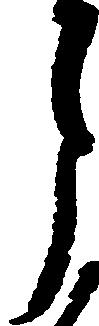
月